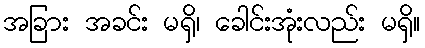
အခြား အခင်း မရှိ၊ ခေါင်းအုံးလည်း မရှိ။